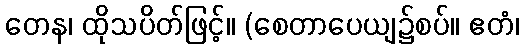
တေန၊ ထိုသပိတ်ဖြင့်။ (စေတာပေယျ၌စပ်။ ဧတံ၊